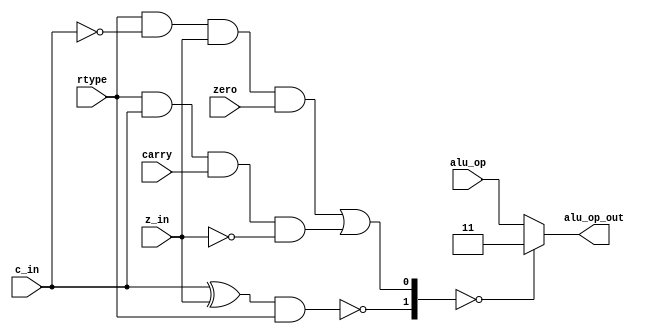
module alu_op_ctrl(
	input rtype, c_in, z_in, carry, zero,
	input [1:0] alu_op,
	output reg [1:0] alu_op_out
);

	wire check_cz_out, check_flags;
	
	assign check_cz_out 	= (rtype & ~c_in & z_in & zero) | (rtype & c_in & carry & ~z_in);
	assign check_flags 	= (c_in ^ z_in) & rtype;
	
	wire [1:0] mux_ctrl;
	assign mux_ctrl = {~check_flags, check_cz_out};
	
	always @(*)
	begin
		case(mux_ctrl)
		
			2'b00: alu_op_out = 2'b11;			// nop
			default : alu_op_out = alu_op;	// default alu operation

		endcase
	end
	
endmodule